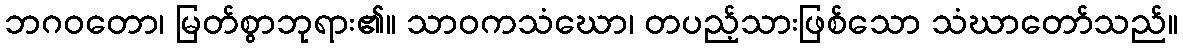
ဘဂဝတော၊ မြတ်စွာဘုရား၏။ သာဝကသံဃော၊ တပည့်သားဖြစ်သော သံဃာတော်သည်။